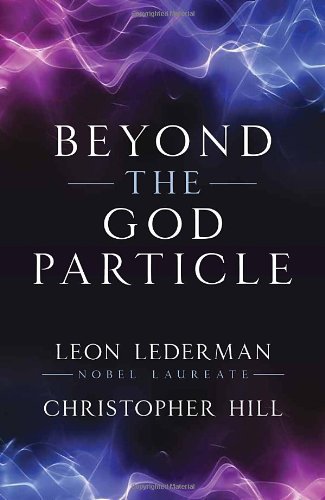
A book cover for Beyond the God Particle; Leon M. Lederman; Science & Math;